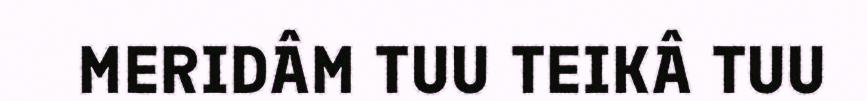
MERIDÂM TUU TEIKÂ TUU